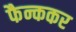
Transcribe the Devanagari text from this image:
फैन्ककर